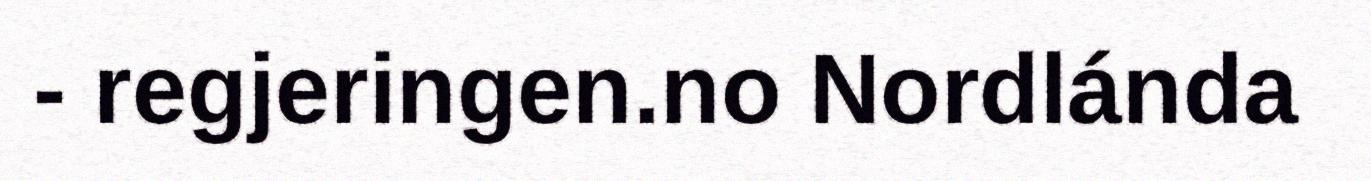
- regjeringen.no Nordlánda